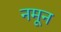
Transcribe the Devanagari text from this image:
नमून